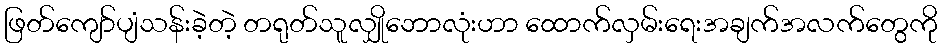
ဖြတ်ကျော်ပျံသန်းခဲ့တဲ့ တရုတ်သူလျှိုဘောလုံးဟာ ထောက်လှမ်းရေးအချက်အလက်တွေကို